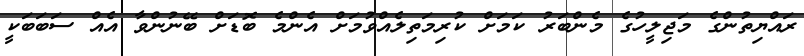
ރައްޔިތުންގެ މަޖިލީހުގެ މެންބަރު ކަމަށް ކުރިމަތިލެއްވުމަށް އެންމެ ބޮޑަށް ބޭނުންވާ އެއް ސަބަބަކީ